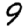
Digit: 9